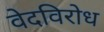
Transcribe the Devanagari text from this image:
वेदविरोध